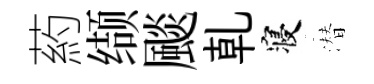
葯缬颷乹寝潜